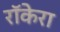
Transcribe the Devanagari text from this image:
रॉकेरा